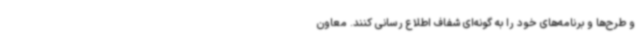
و طرح‌ها و برنامه‌های خود را به گونه‌ای شفاف اطلاع رسانی کنند. معاون